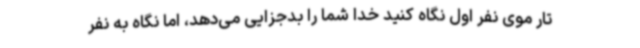
تار موی نفر اول نگاه کنید خدا شما را بدجزایی می‌دهد، اما نگاه به نفر